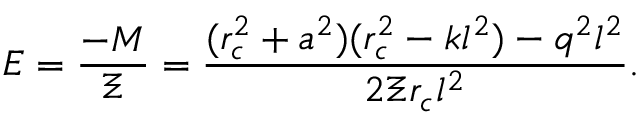
E = \frac { - M } { \Xi } = \frac { ( r _ { c } ^ { 2 } + a ^ { 2 } ) ( r _ { c } ^ { 2 } - k l ^ { 2 } ) - q ^ { 2 } l ^ { 2 } } { 2 \Xi r _ { c } l ^ { 2 } } .